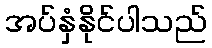
အပ်နှံနိုင်ပါသည်